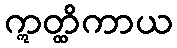
ဣတ္ထိကာယ